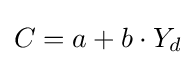
C=a+b\cdot Y_{d}